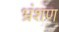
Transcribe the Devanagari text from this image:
भ्रंशण